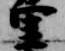
里